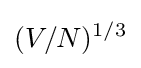
(V/N)^{1/3}